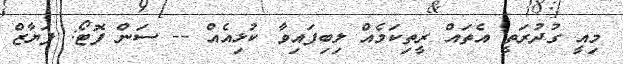
މިއީ ގުދުރަތީ އެތައް ރީތިކަމެއް ލިބިފައިވާ ކުޅިއެއް -- ސަން ފޮޓޯ: ފަޔާޒް